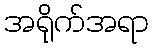
အရိုက်အရာ